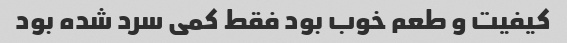
کیفیت و طعم خوب بود فقط کمی سرد شده بود